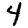
Digit: 4